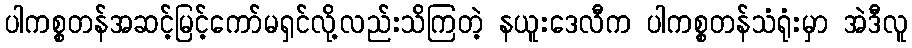
ပါကစ္စတန်အဆင့်မြင့်ကော်မရှင်လို့လည်းသိကြတဲ့ နယူးဒေလီက ပါကစ္စတန်သံရုံးမှာ အဲဒီလူ